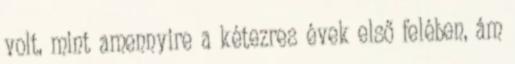
volt, mint amennyire a kétezres évek első felében, ám